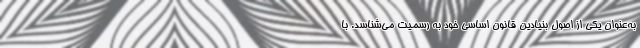
به‌عنوان یکی از اصول بنیادین قانون اساسی خود به رسمیت می‌شناسد. با